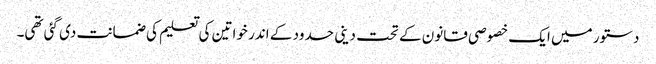
دستور میں ایک خصوصی قانون کے تحت دینی حدود کے اندر خواتین کی تعلیم کی ضمانت دی گئی تھی۔